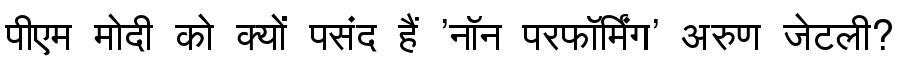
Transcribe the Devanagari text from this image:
पीएम मोदी को क्यों पसंद हैं 'नॉन परफॉर्मिंग' अरुण जेटली?